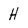
Character: H